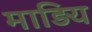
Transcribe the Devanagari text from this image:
माड़िय